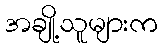
အချို့သူများက